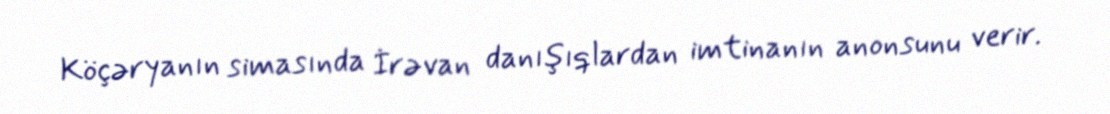
Köçəryanın simasında İrəvan danışıqlardan imtinanın anonsunu verir.